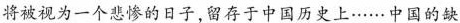
将被视为一个悲惨的日子，留存于中国历史上……中国的缺